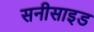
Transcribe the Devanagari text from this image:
सनीसाइड